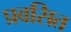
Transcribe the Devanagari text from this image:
प्रवसित